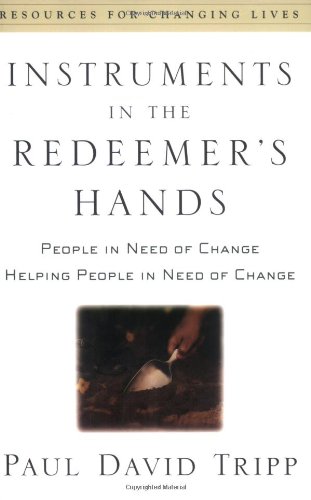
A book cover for Instruments in the Redeemer's Hands: People in Need of Change Helping People in Need of Change (Resources for Changing Lives); Paul David Tripp; Christian Books & Bibles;